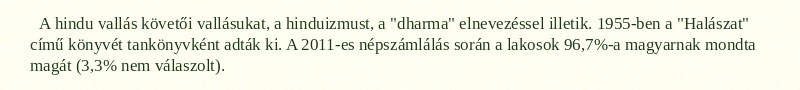
A hindu vallás követői vallásukat, a hinduizmust, a "dharma" elnevezéssel illetik. 1955-ben a "Halászat" című könyvét tankönyvként adták ki. A 2011-es népszámlálás során a lakosok 96,7%-a magyarnak mondta magát (3,3% nem válaszolt).